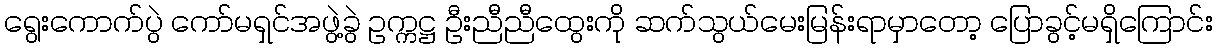
ရွေးကောက်ပွဲ ကော်မရှင်အဖွဲ့ခွဲ ဥက္ကဋ္ဌ ဦးညီညီထွေးကို ဆက်သွယ်မေးမြန်းရာမှာတော့ ပြောခွင့်မရှိကြောင်း